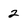
Character: 2